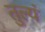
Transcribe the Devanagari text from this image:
तुल्यं